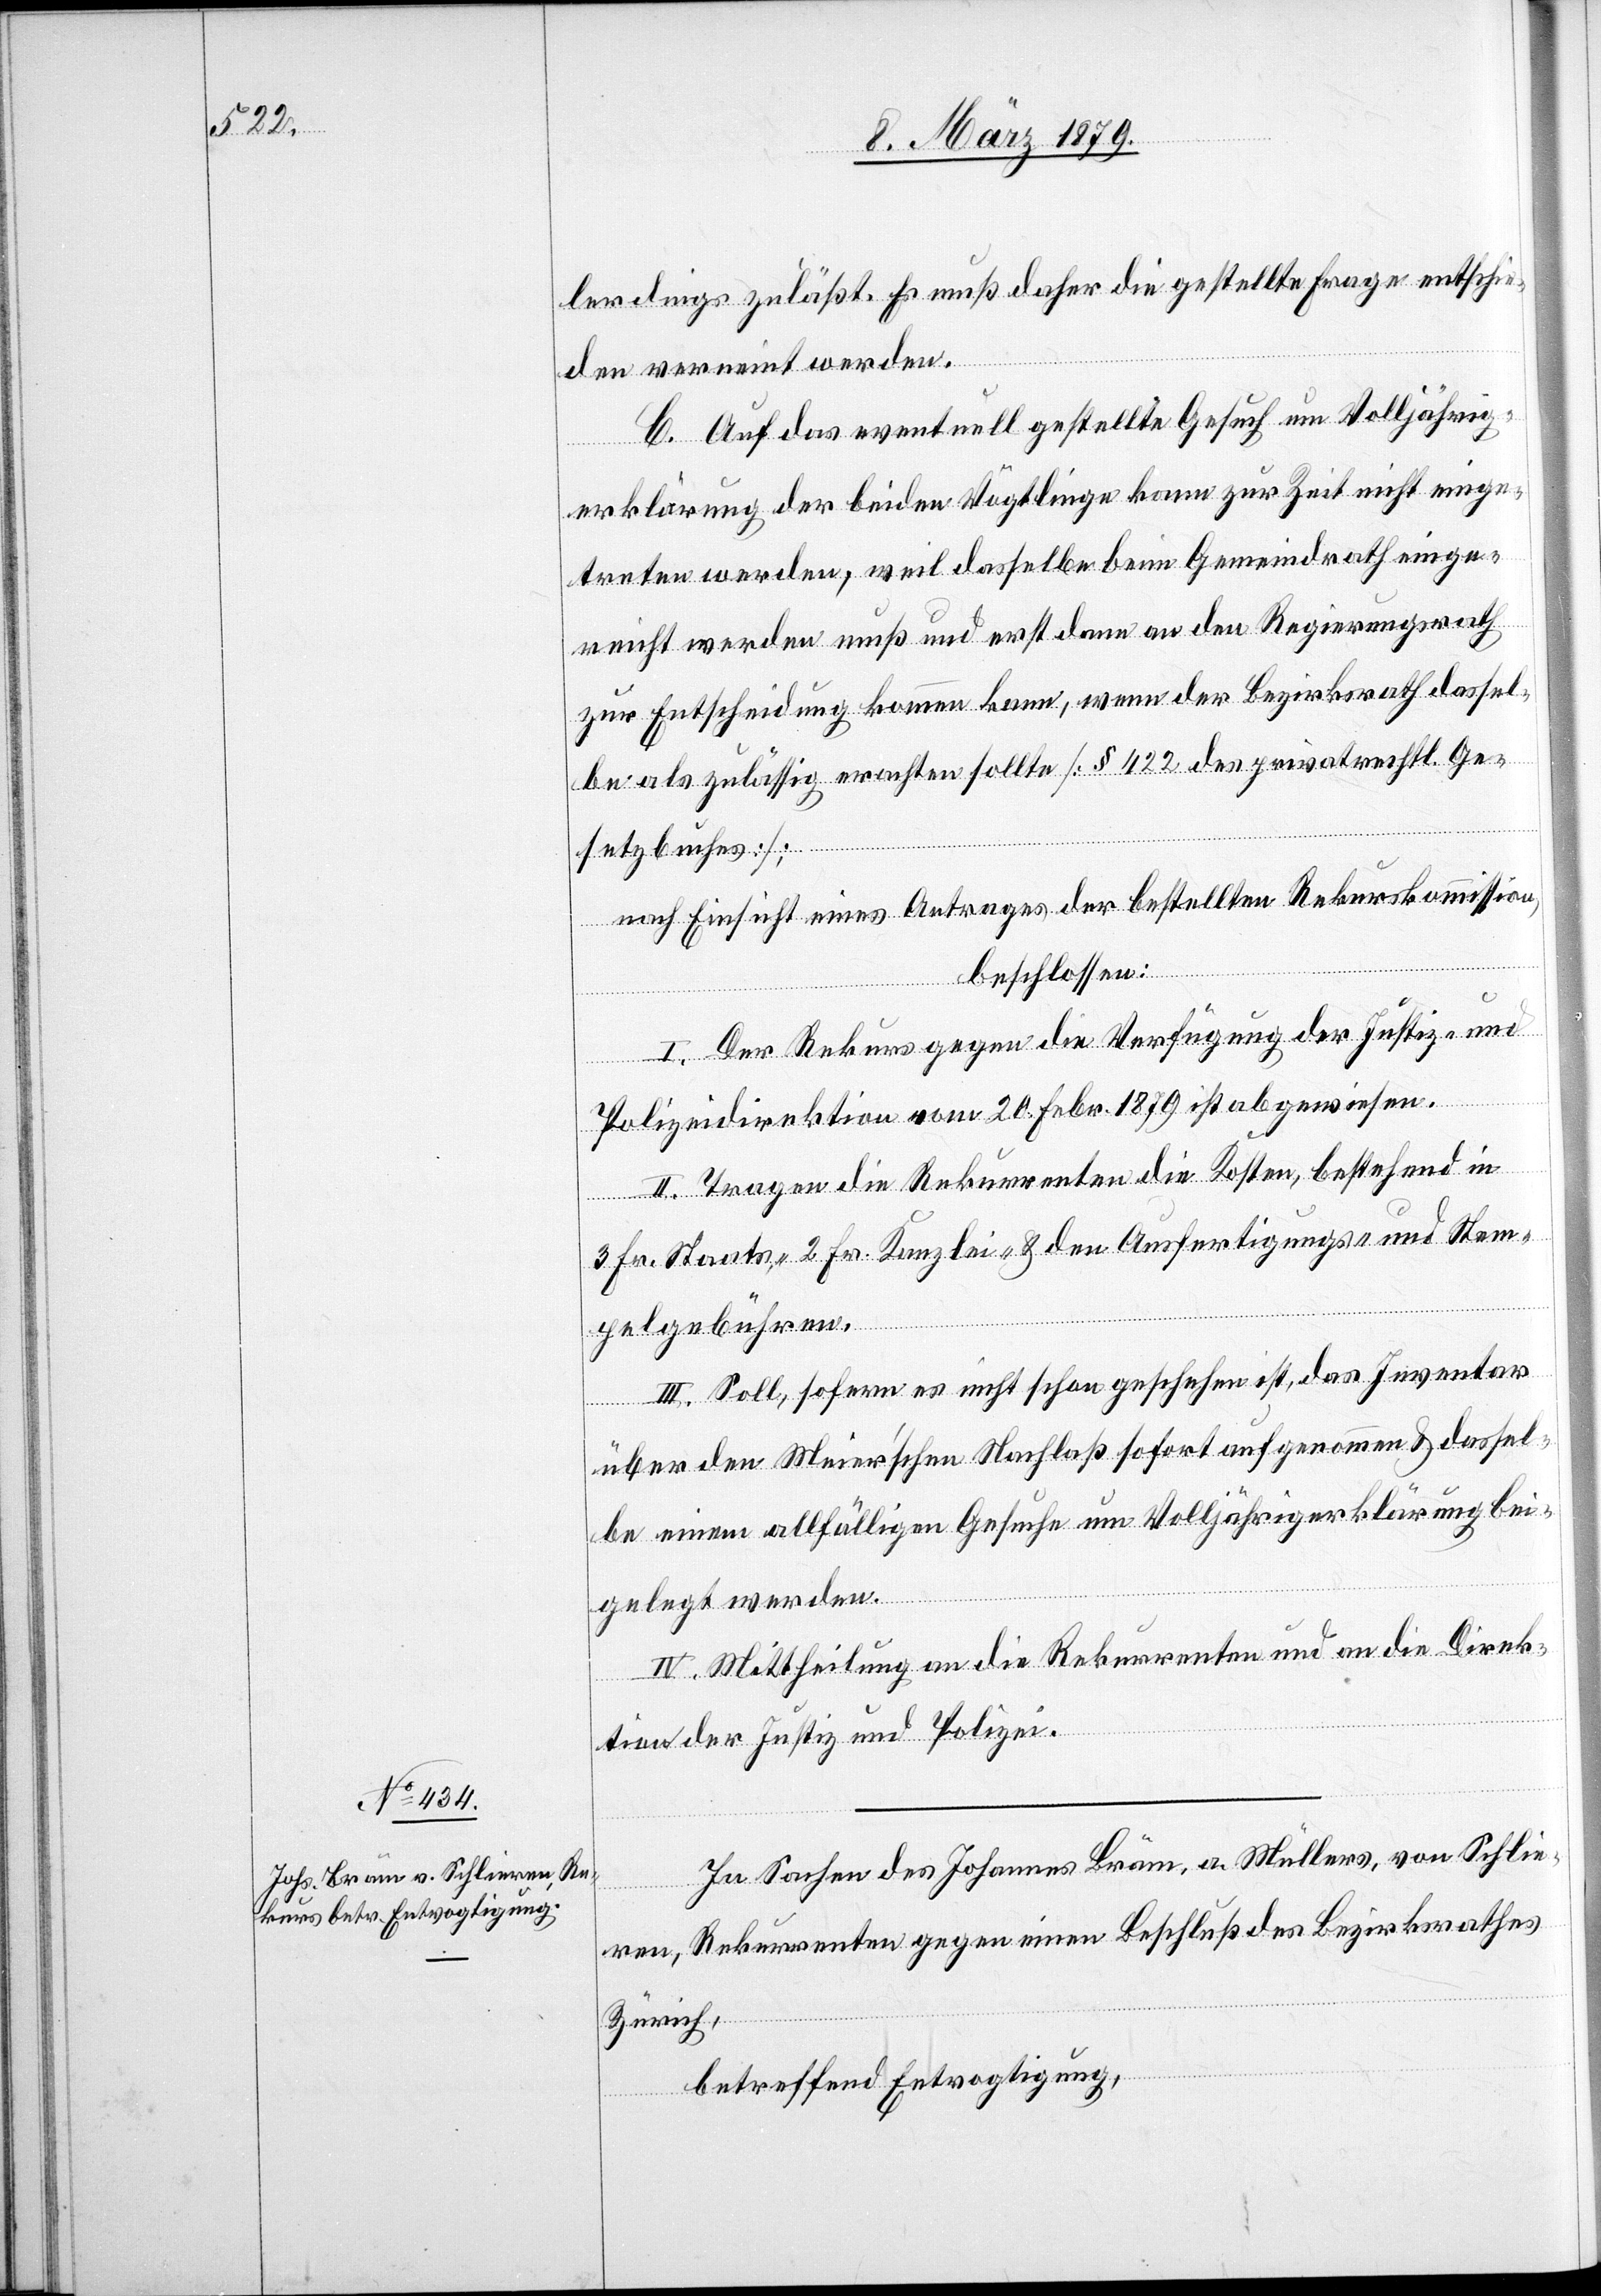
lerdings zuläßt. Es muß daher die gestellte Frage entschie¬
den verneint werden.
C. Auf das eventuell gestellte Gesuch um Volljährig¬
erklärung der beiden Vögtlinge kann zur Zeit nicht einge¬
treten werden, weil dasselbe beim Gemeindrath einge¬
reicht werden muß und erst dann an den Regierungsrath
zur Entscheidung kommen kann, wenn der Bezirksrath dassel¬
be als zuläßig erachten sollte [§ 422 des privatrechtl. Ge¬
setzbuches];
nach Einsicht eines Antrages der bestellten Rekurskommission,
beschlossen:
I. Der Rekurs gegen die Verfügung der Justiz- und
Polizeidirektion vom 20. Febr. 1879 ist abgewiesen.
II. Tragen die Rekurrenten die Kosten, bestehend in
3 Fr. Staats-, 2 Fr. Kanzlei- & den Ausfertigungs- und Stem¬
pelgebühren.
III. Soll, sofern es nicht schon geschehen ist, das Inventar
über den Meier’schen Nachlaß sofort aufgenommen & dassel¬
be einem allfälligen Gesuche um Volljährigerklärung bei¬
gelegt werden.
IV. Mittheilung an die Rekurrenten und an die Direk¬
tion der Justiz und Polizei.
In Sachen des Johannes Bräm, a. Müllers, von Schlie¬
ren, Rekurrenten gegen einen Beschluß des Bezirksrathes
Zürich,
betreffend Entvogtigung,